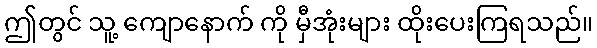
ဤတွင် သူ့ ကျောနောက် ကို မှီအုံးများ ထိုးပေးကြရသည်။